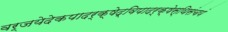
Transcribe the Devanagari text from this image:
वर्जयेदेकपादर्क्षेद्विपादर्क्षेस्थिसंचयं